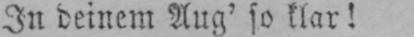
In deinem Aug’ so klar!